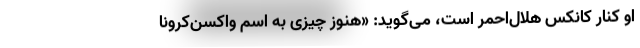
او کنار کانکس هلال‌احمر است، می‌گوید: «هنوز چیزی به اسم واکسن‌کرونا